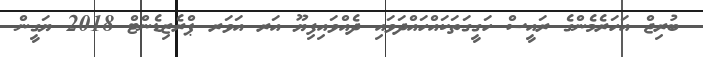
ބުރިޖް އަހަރެމެންގެ ރައީސް ހަގީގަތަކައްހައްދަވައި ދެއްވައިފިޔޫ އަރ އަވަރ ޕްރެޒިޑެންޓް 2018 ޔަގީން